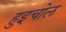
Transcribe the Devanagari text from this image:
हुइचोल